65_HS1-834228961_62-HQ-83894_Section_7
Agency: FBI
Page 89
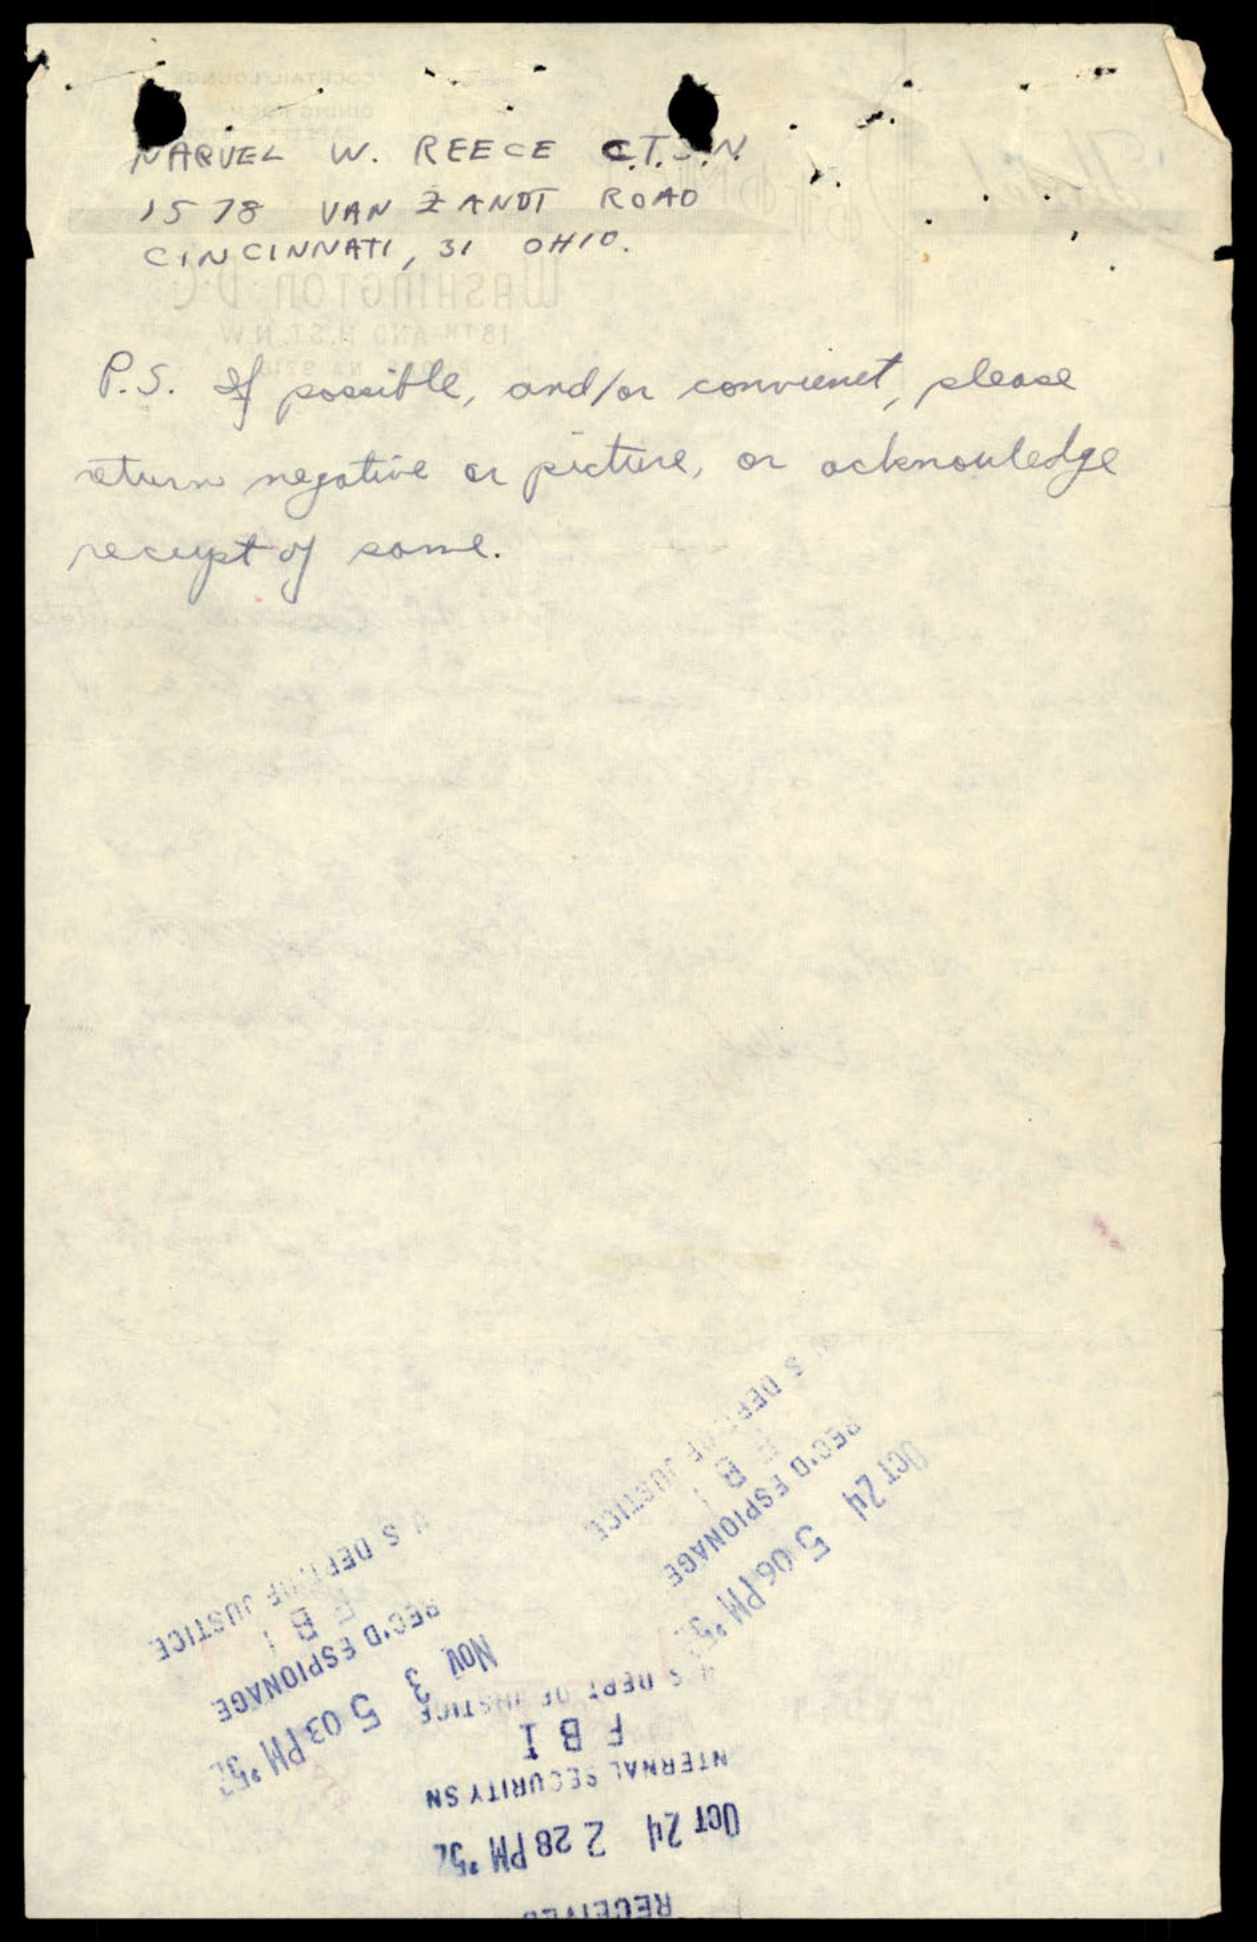